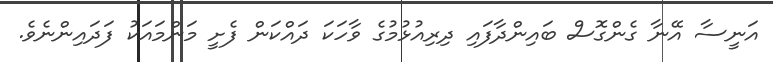
އަނީސާ އޭނާ ގެންގޮސް ބައިންދާފައި ދިރިއުޅުމުގެ ވާހަކަ ދައްކަން ފެށީ މަންމައަކު ފަދައިންނެވެ.